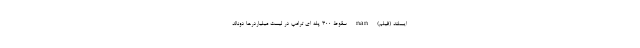
ایسلند (فیلم) nan سقوط 300 پله ای ترامپ در لیست میلیاردرها دونالد